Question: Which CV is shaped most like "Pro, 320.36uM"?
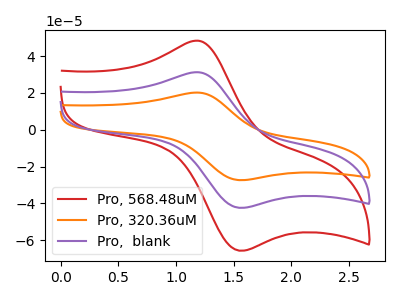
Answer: <think>The red curve "Pro, 568.48uM" has an anodic peak at (1.20V, 48.35uA) and a cathodic peak at (1.55V, -65.75uA). The orange curve "Pro, 320.36uM" has an anodic peak at (1.20V, 62.45uA) and a cathodic peak at (1.55V, -84.95uA). The purple curve "Pro,  blank" has an anodic peak at (1.20V, 31.20uA) and a cathodic peak at (1.55V, -42.45uA).
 All the peaks in "Pro, 568.48uM" have a peak in "Pro, 320.36uM" at the same potential. Every peak in "Pro, 568.48uM" is lower than every peak in "Pro, 320.36uM". All the peaks in "Pro, 568.48uM" have a peak in "Pro,  blank" at the same potential. Every peak in "Pro, 568.48uM" is higher than every peak in "Pro,  blank". All the peaks in "Pro, 320.36uM" have a peak in "Pro,  blank" at the same potential. Every peak in "Pro, 320.36uM" is higher than every peak in "Pro,  blank".</think>
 <answer>"Pro, 320.36uM" and "Pro,  blank" have a similar shape to "Pro, 568.48uM".</answer>
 <eval>"Pro, 320.36uM" "Pro,  blank"</eval>